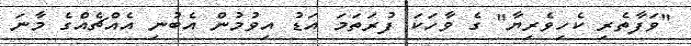
"ވަފާތެރި ކެހިވެރިޔާ" ގެ ވާހަކަ ފުރަތަމަ އަޑު އިވުމުން އެބުނި އެއްޗެއްގެ މާނަ